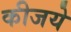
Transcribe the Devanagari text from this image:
कीजये